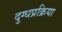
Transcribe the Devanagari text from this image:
दुग्धप्रक्रिया